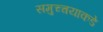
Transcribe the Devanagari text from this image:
समुच्चयाकडे